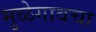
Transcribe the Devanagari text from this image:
मुळेगावचा